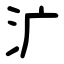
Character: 㲿